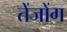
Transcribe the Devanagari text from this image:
तेंजोंग